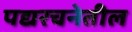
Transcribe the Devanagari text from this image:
पद्यरचनेतील